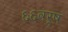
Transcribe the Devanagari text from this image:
६६वर्ष